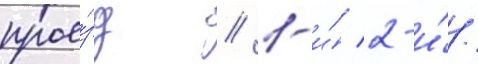
прое́зд // 1-и́/ 2-и́/